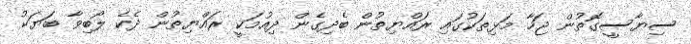
ސިޔާސީގޮތުން ޖަހާ މަޅިތަކުގައި ރައްޔިތުން ބެދިގެން ދިއުމަކީ ރައްޔިތުން ދެކެ ލޯބިވާ ބަޔަކު